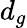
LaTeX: d_{g}